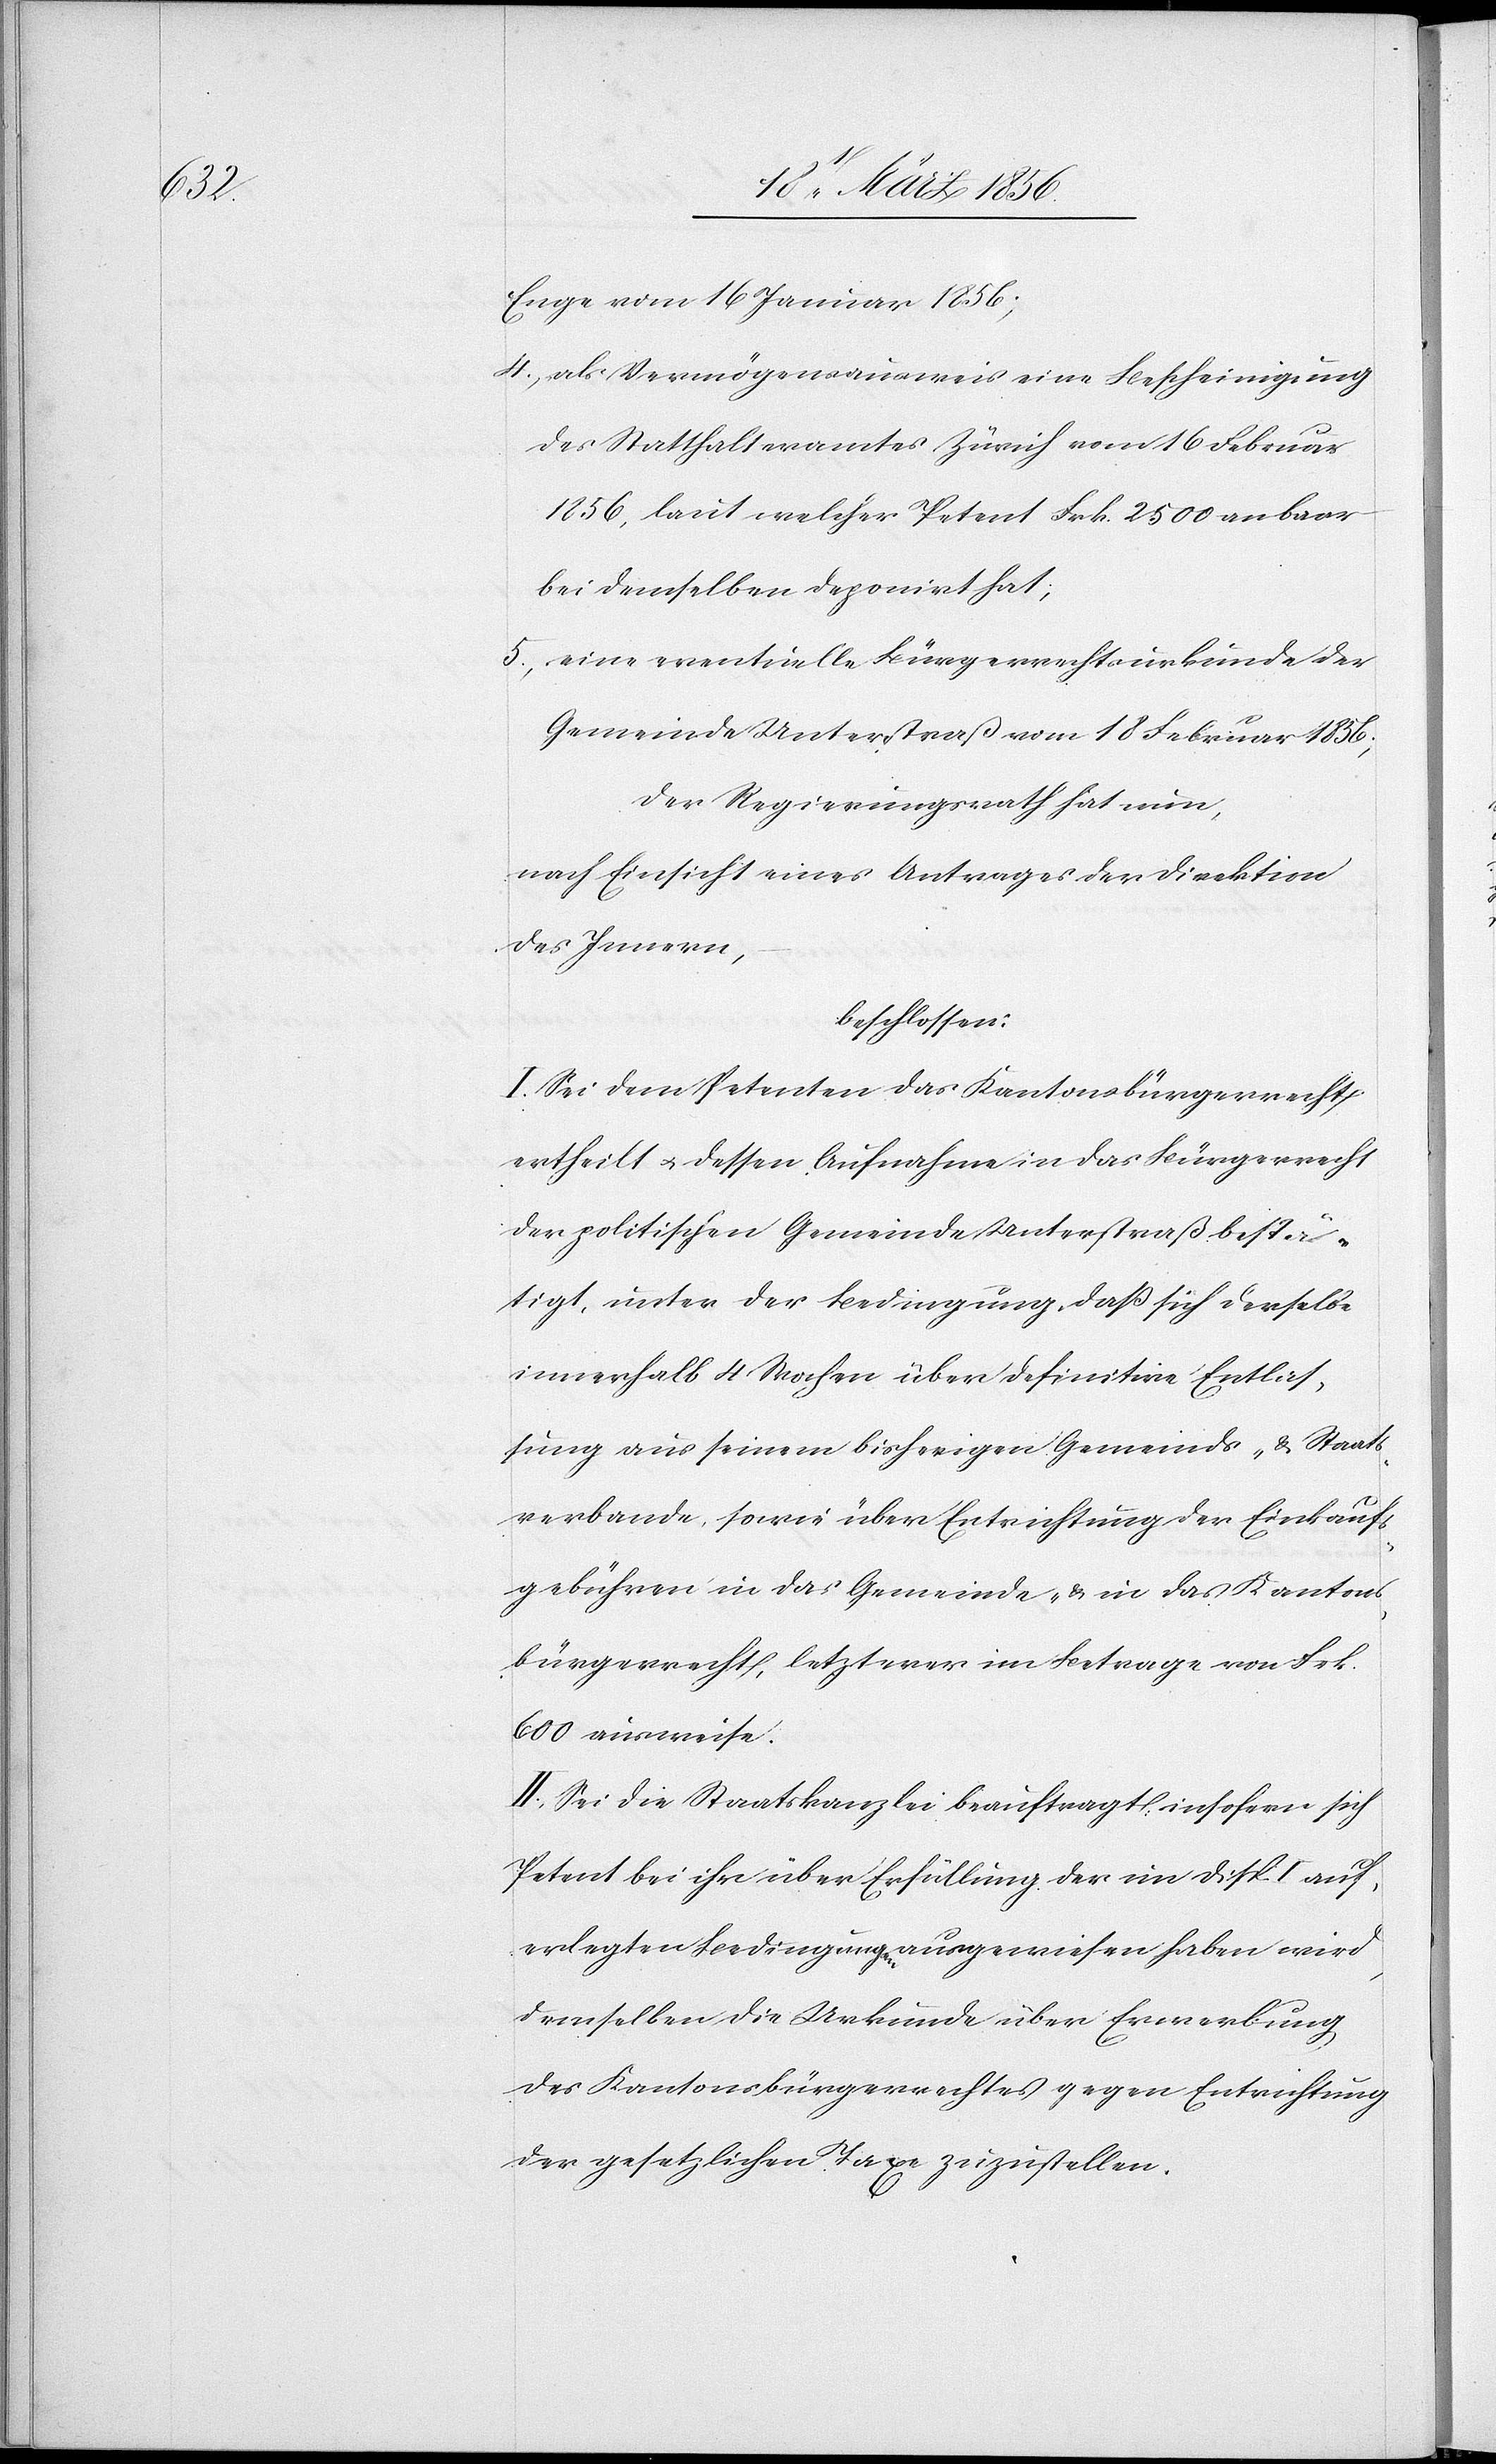
Enge vom 16 Januar 1856;
4., als Vermögensausweis eine Bescheinigung
des Statthalteramtes Zürich vom 16 Februar
1856, laut welcher Petent Frk. 2500 an baar
bei demselben deponirt hat;
5., eine eventuelle Bürgerrechtsurkunde der
Gemeinde Unterstraß vom 18 Februar 1836;
Der Regierungsrath hat nun,
nach Einsicht eines Antrages der Direktion
des Innern,
beschlossen:
I. Sei dem Petenten das Kantonsbürgerrecht
ertheilt u. dessen Aufnahme in das Bürgerrecht
der politischen Gemeinde Unterstraß bestä¬
tigt, unter der Bedingung, daß sich derselbe
innerhalb 4 Wochen über definitive Entlas¬
sung aus seinem bisherigen Gemeinds- & Staats¬
verbande, sowie über Entrichtung der Einkaufs¬
gebühren in das Gemeinde- & in das Kantons¬
bürgerrecht, letzterer im Betrage von Frk.
600 ausweise.
II., Sei die Staatskanzlei beauftragt, insofern sich
Petent bei ihr über Erfüllung der im Disp. I auf¬
erlegten Bedingungen ausgewiesen haben wird,
demselben die Urkunde über Erwerbung
des Kantonsbürgerrechtes gegen Entrichtung
der gesetzlichen Taxe zuzustellen.